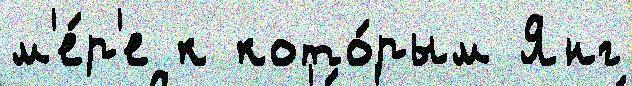
м'е́р'е к кото́рым Янг